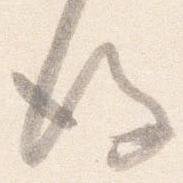
後